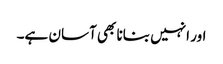
اور انہیں بنانا بھی آسان ہے۔